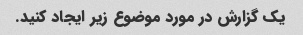
یک گزارش در مورد موضوع زیر ایجاد کنید.